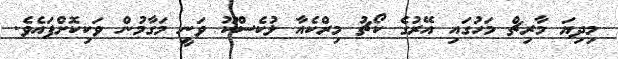
މިދިޔަ މާރިޗް މަހުގައި އޭރުގެ ކޯޗު މިރްކެއާ ލުކެސްކޫ ވަނީ މަގާމުން ވަކިކޮށްފައެވެ.